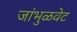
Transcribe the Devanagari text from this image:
जांभुळवेट